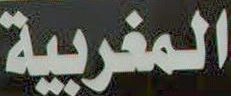
المغربية